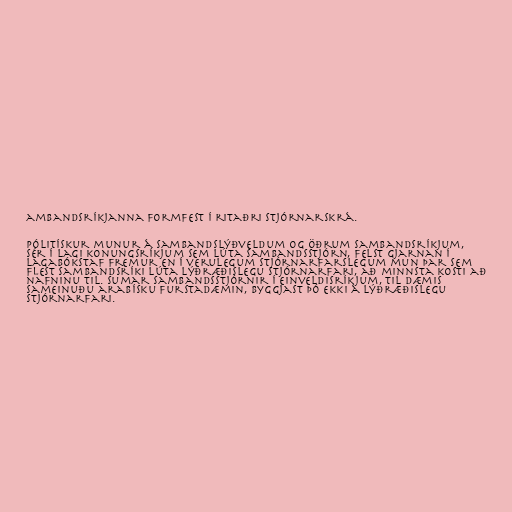
ambandsríkjanna formfest í ritaðri stjórnarskrá.

Pólitískur munur á sambandslýðveldum og öðrum sambandsríkjum,
sér í lagi konungsríkjum sem lúta sambandsstjórn, felst gjarnan í
lagabókstaf fremur en í verulegum stjórnarfarslegum mun þar sem
flest sambandsríki lúta lýðræðislegu stjórnarfari, að minnsta kosti að
nafninu til. Sumar sambandsstjórnir í einveldisríkjum, til dæmis
Sameinuðu arabísku furstadæmin, byggjast þó ekki á lýðræðislegu
stjórnarfari.